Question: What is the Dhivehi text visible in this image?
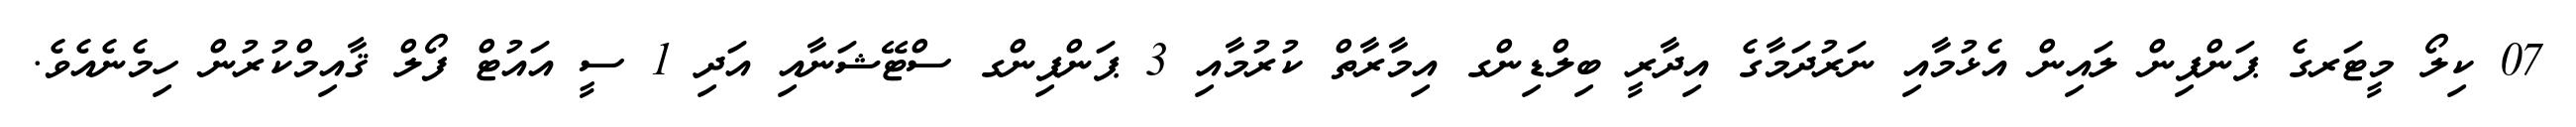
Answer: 07 ކިލޯ މީޓަރގެ ޕަންޕިން ލައިން އެޅުމާއި ނަރުދަމާގެ އިދާރީ ބިލްޑިންގ އިމާރާތް ކުރުމާއި 3 ޕަންޕިންގ ސްޓޭޝަނާއި އަދި 1 ސީ އައުޓް ފޯލް ޤާއިމްކުރުން ހިމެނެއެވެ.